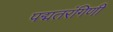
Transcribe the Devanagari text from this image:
पद्मतरंगिणी